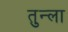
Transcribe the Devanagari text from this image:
तुन्ला